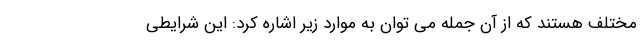
مختلف هستند که از آن جمله می توان به موارد زیر اشاره کرد: این شرایطی